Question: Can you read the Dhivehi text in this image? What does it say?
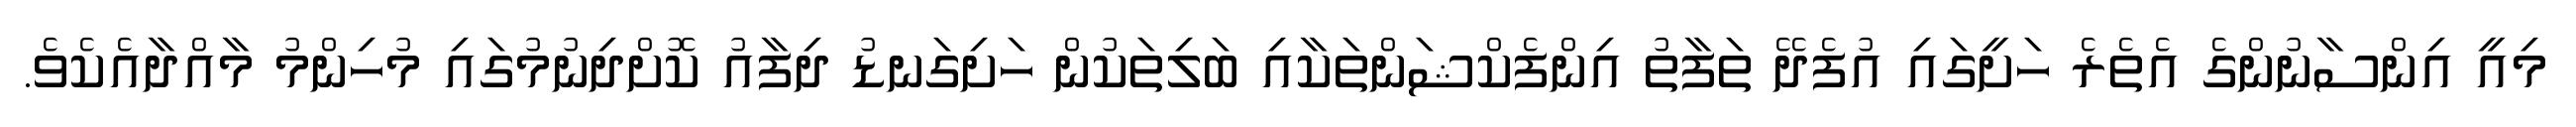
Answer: މިއީ އިންސާނުންގެ އެތެރެ ހަށީގައި އުފެދޭ ތަފާތު އިންފެކްޝަންތަކާއި ބަލިތަކުން ހަށިގަނޑު ދިފާއު ކޮށްދިނުމުގައި މުހިންމު މާއްދާއެކެވެ.